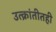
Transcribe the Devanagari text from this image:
उत्क्रांतीतही